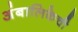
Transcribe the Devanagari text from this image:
अंबालिकेची